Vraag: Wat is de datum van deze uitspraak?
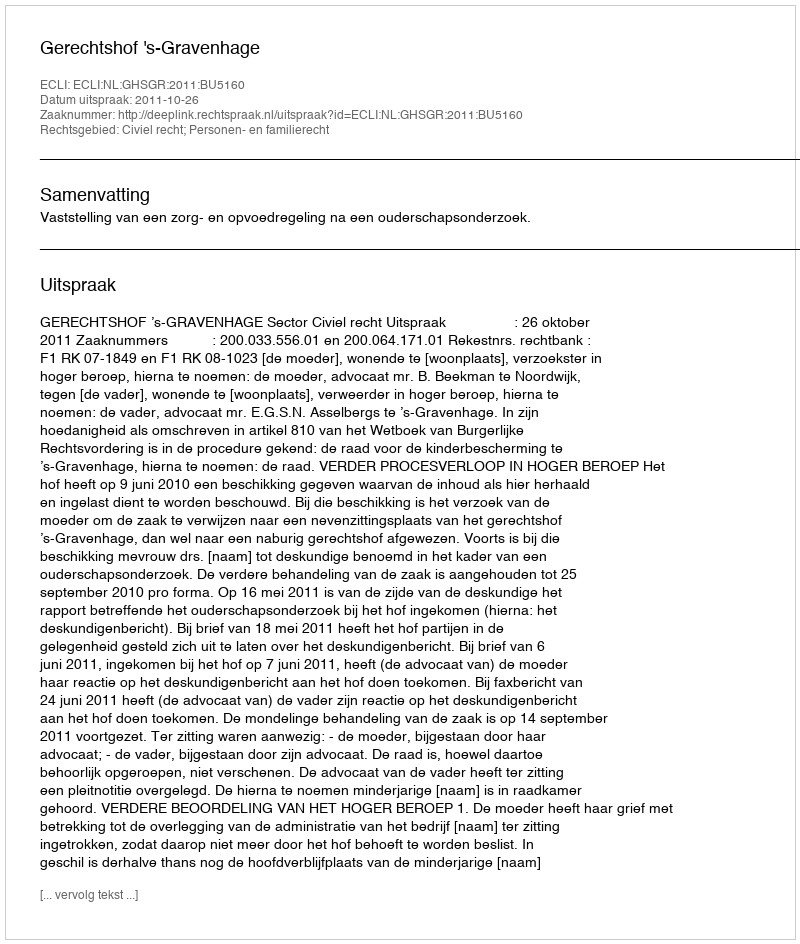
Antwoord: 2011-10-26